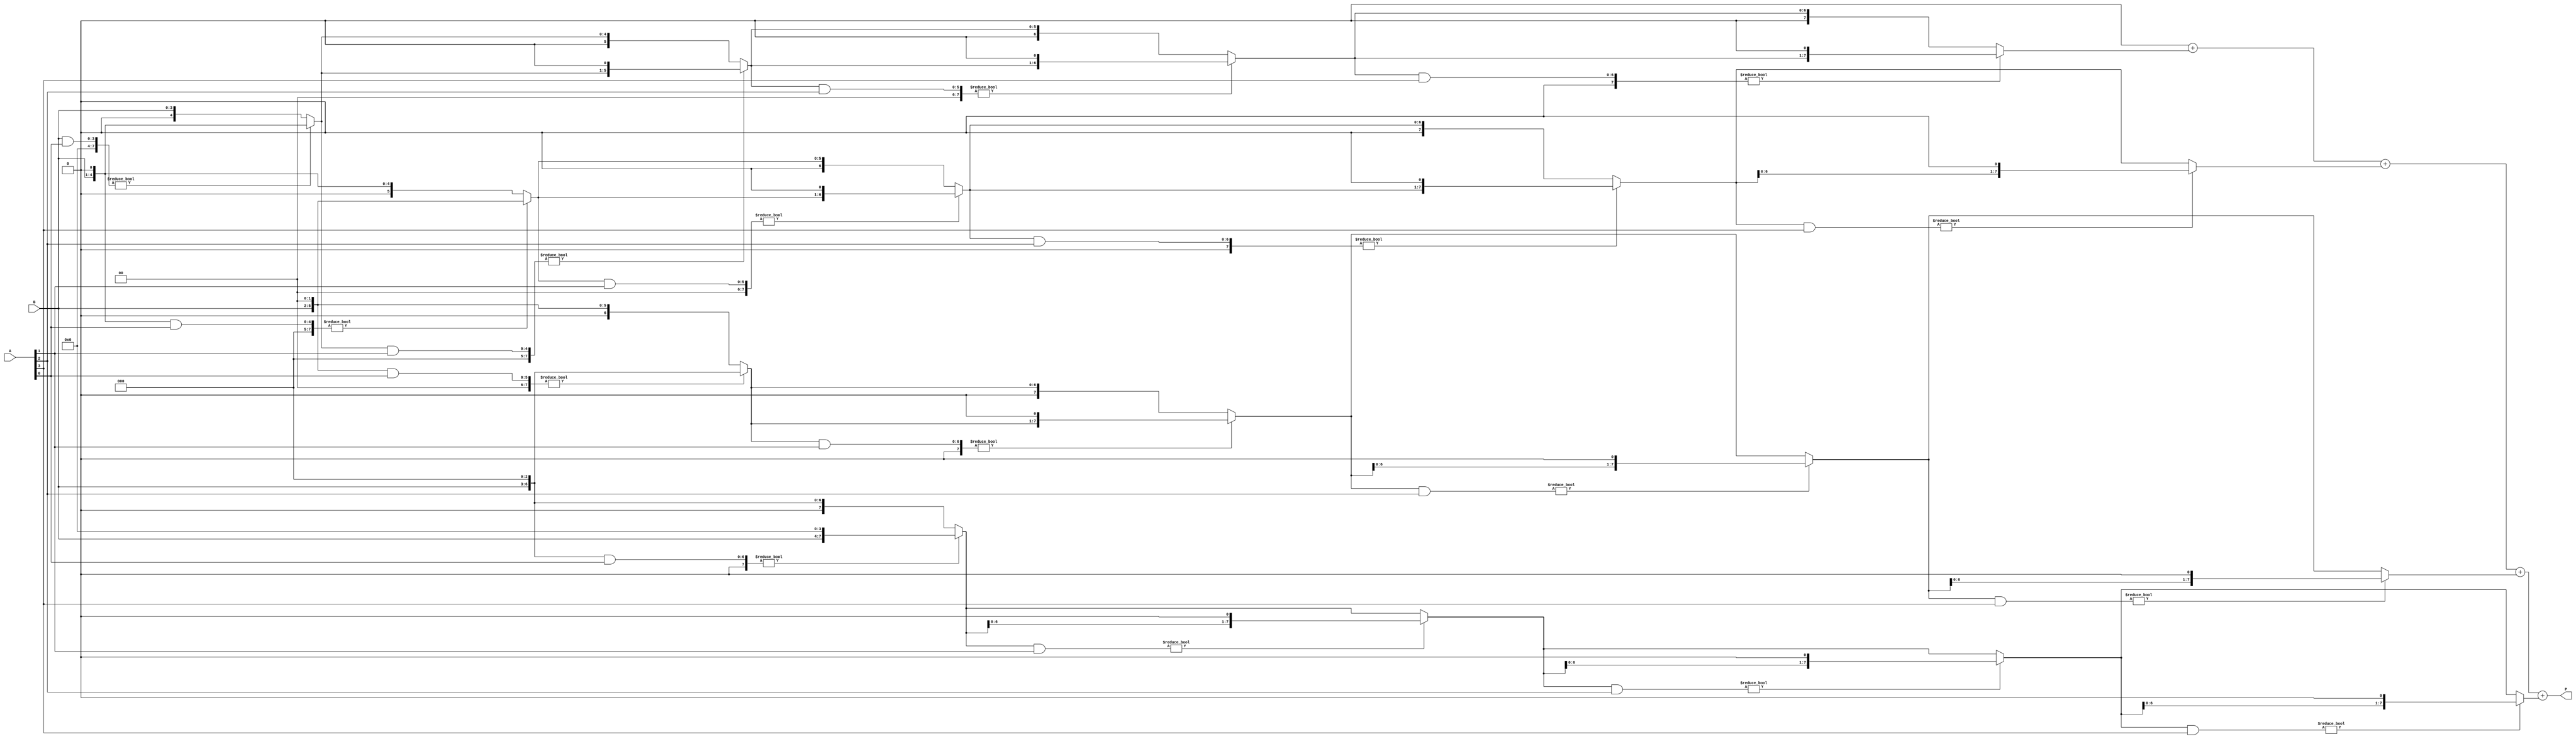
module VedicMultiplier #(
    parameter N = 4 // Width of the inputs
)(
    input [N-1:0] A,
    input [N-1:0] B,
    output reg [2*N-1:0] P
);

// Internal variables
reg [2*N-1:0] partial[0:N-1];
integer i, j;

// Generate Partial Products
always @(*) begin
    // Initialize partial products to zero
    for (i = 0; i < N; i = i + 1) begin
        partial[i] = {N'b0, B} << i; // Shift B according to A's bit position
        for (j = 0; j < N; j = j + 1) begin
            partial[i] = partial[i] & {N'b0, A[j]} ? (partial[i] << 1) : partial[i]; // Generate partial product
        end
    end
end

// Combine Partial Products using simple addition
always @(*) begin
    P = 0; // Initialize Product
    for (i = 0; i < N; i = i + 1) begin
        P = P + partial[i]; // Sum the partial products
    end
end

endmodule